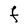
Character: F